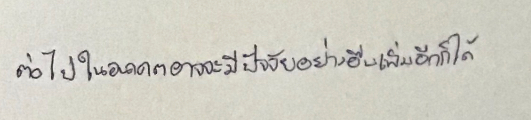
ต่อไปในอนาคตอาจจะมีปัจจัยอย่างอื่นเพิ่มอีกก็ได้